Vaccination in Burma 1912-1922 - 1912-1922
Year: 1912
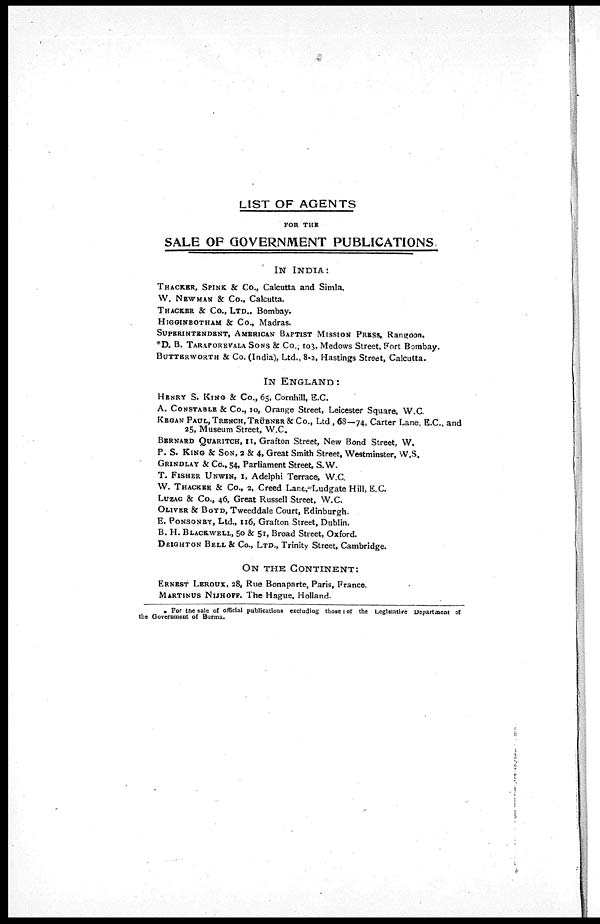
LIST OF AGENTS
FOR THE
SALE OF GOVERNMENT PUBLICATIONS.
IN INDIA:
THACKER, SPINK & Co., Calcutta and Simla.
W. NEWMAN & Co., Calcutta.
THACKER & Co., LTD., Bombay.
HIGGINBOTHAM & Co., Madras.
SUPERINTENDENT, AMERICAN BAPTIST MISSION PRESS, Rangoon.
*D. B. TARAPOREVALA SONS & Co., 103, Medows Street, Fort Bombay.
BUTTERWORTH & Co. (India), Ltd., 8-2, Hastings Street, Calcutta.
IN ENGLAND :
HENRY S. KING & Co., 65, Cornhill, E.C.
A. CONSTABLE & Co., 10, Orange Street, Leicester Square, W.C.
KEGAN PAUL, TRENCH, TRÜBNER & Co., Ltd, 68—74, Carter Lane, E.C., and
25, Museum Street, W.C.
BERNARD QUARITCH, 11, Grafton Street, New Bond Street, W.
P. S. KING & SON, 2 & 4, Great Smith Street, Westminster, W.S.
GRINDLAY & Co., 54, Parliament Street, S. W.
T. FISHER UNWIN, 1, Adelphi Terrace, W.C.
W. THACKER & Co., 2, Creed Lane, Ludgate Hill, E.C.
LUZAC & Co., 46, Great Russell Street, W.C.
OLIVER & BOYD, Tweeddale Court, Edinburgh.
E. PONSONBY, Ltd., 116, Grafton Street, Dublin.
B. H. BLACKWELL, 50 & 51, Broad Street, Oxford.
DEIGHTON BELL & Co., LTD., Trinity Street, Cambridge.
ON THE CONTINENT:
ERNEST LEROUX, 28, Rue Bonaparte, Paris, France.
MARTINUS NIJHOFF. The Hague, Holland.
For the sale of official publications excluding those of the Legislative Department of
the Government of Burma.